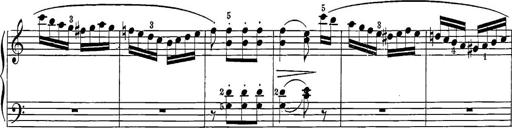
Title: 12 Sonatine per Pianoforte
Composer: Friedrich Kuhlau